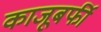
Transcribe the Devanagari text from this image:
काजूबर्फी